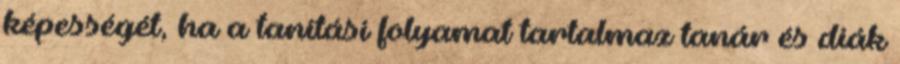
képességét, ha a tanítási folyamat tartalmaz tanár és diák